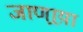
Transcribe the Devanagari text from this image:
जाणार्‍य़ा